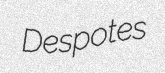
Despotes